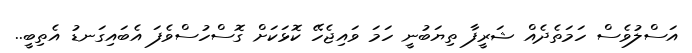
އަސްލުވެސް ހަަމަތެދެއް ޝަރީފާ ތިޔަބުނީ ހަމަ ވައިޖެހޭ ކޮޅަކަށް ގޮސްހުސްވެފަ އެބައިގަނޑު އެތިބީ..